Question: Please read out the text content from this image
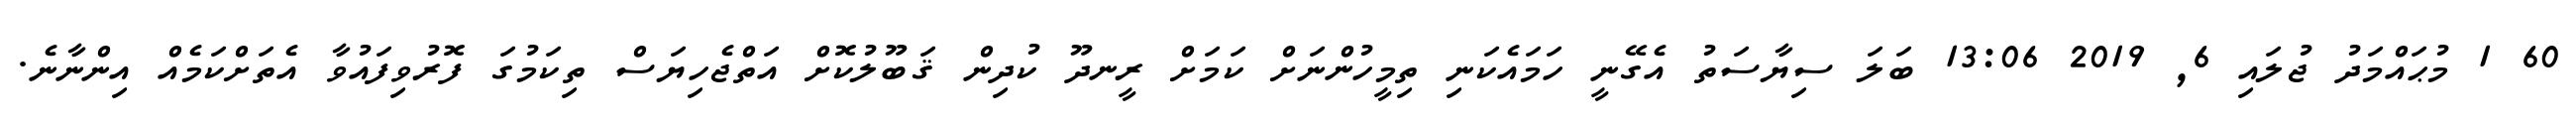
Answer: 60 1 މުޙައްމަދު ޖުލައި 6, 2019 13:06 ބަލަ ސިޔާސަތު އެގޭނީ ހަމައެކަނި ތިމީހުންނަށް ކަމަށް ރީނދޫ ކުދިން ޤަބޫލުކޮށް އަތްޖެހިޔަސް ތިކަމުގަ ފޮރުވިފައުވާ އެތަށްކަމެއް އިންނާނެ.